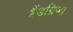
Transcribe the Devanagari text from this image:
हैंडग्रिप्स